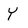
Character: Y